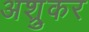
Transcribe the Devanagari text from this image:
अश्रुकर